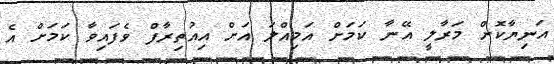
އަނިޔާކޮށް މަރާލީ އޭނާ ކަމަށް އަމިއްލަ އަށް އިއުތިރާފް ވެފައިވާ ކަމަށް އެ